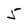
Character: 5